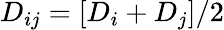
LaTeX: D_{ij}=[D_{i}+D_{j}]/2